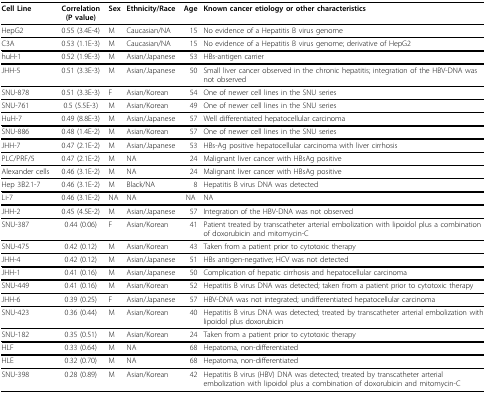
<table><thead><tr><td><b>Cell Line</b></td><td><b>Correlation (P value) </b></td><td><b>Sex</b></td><td><b>Ethnicity/Race</b></td><td><b>Age</b></td><td><b>Known cancer etiology or other characteristics</b></td></tr></thead><tbody><tr><td>HepG2</td><td>0.55 (3.4E-4)</td><td>M</td><td>Caucasian/NA</td><td>15</td><td>No evidence of a Hepatitis B virus genome</td></tr><tr><td>C3A</td><td>0.53 (1.1E-3)</td><td>M</td><td>Caucasian/NA</td><td>15</td><td>No evidence of a Hepatitis B virus genome; derivative of HepG2</td></tr><tr><td>huH-1</td><td>0.52 (1.9E-3)</td><td>M</td><td>Asian/Japanese</td><td>53</td><td>HBs-antigen carrier</td></tr><tr><td>JHH-5</td><td>0.51 (3.3E-3)</td><td>M</td><td>Asian/Japanese</td><td>50</td><td>Small liver cancer observed in the chronic hepatitis; integration of the HBV-DNA was not observed</td></tr><tr><td>SNU-878</td><td>0.51 (3.3E-3)</td><td>F</td><td>Asian/Korean</td><td>54</td><td>One of newer cell lines in the SNU series</td></tr><tr><td>SNU-761</td><td>0.5 (5.5E-3)</td><td>M</td><td>Asian/Korean</td><td>49</td><td>One of newer cell lines in the SNU series</td></tr><tr><td>HuH-7</td><td>0.49 (8.8E-3)</td><td>M</td><td>Asian/Japanese</td><td>57</td><td>Well differentiated hepatocellular carcinoma</td></tr><tr><td>SNU-886</td><td>0.48 (1.4E-2)</td><td>M</td><td>Asian/Korean</td><td>57</td><td>One of newer cell lines in the SNU series</td></tr><tr><td>JHH-7</td><td>0.47 (2.1E-2)</td><td>M</td><td>Asian/Japanese</td><td>53</td><td>HBs-Ag positive hepatocellular carcinoma with liver cirrhosis</td></tr><tr><td>PLC/PRF/5</td><td>0.47 (2.1E-2)</td><td>M</td><td>NA</td><td>24</td><td>Malignant liver cancer with HBsAg positive</td></tr><tr><td>Alexander cells</td><td>0.46 (3.1E-2)</td><td>M</td><td>NA</td><td>24</td><td>Malignant liver cancer with HBsAg positive</td></tr><tr><td>Hep 3B2.1-7</td><td>0.46 (3.1E-2)</td><td>M</td><td>Black/NA</td><td>8</td><td>Hepatitis B virus DNA was detected</td></tr><tr><td>Li-7</td><td>0.46 (3.1E-2)</td><td>NA</td><td>NA</td><td>NA</td><td>NA</td></tr><tr><td>JHH-2</td><td>0.45 (4.5E-2)</td><td>M</td><td>Asian/Japanese</td><td>57</td><td>Integration of the HBV-DNA was not observed</td></tr><tr><td>SNU-387</td><td>0.44 (0.06)</td><td>F</td><td>Asian/Korean</td><td>41</td><td>Patient treated by transcatheter arterial embolization with lipoidol plus a combination of doxorubicin and mitomycin-C</td></tr><tr><td>SNU-475</td><td>0.42 (0.12)</td><td>M</td><td>Asian/Korean</td><td>43</td><td>Taken from a patient prior to cytotoxic therapy</td></tr><tr><td>JHH-4</td><td>0.42 (0.12)</td><td>M</td><td>Asian/Japanese</td><td>51</td><td>HBs antigen-negative; HCV was not detected</td></tr><tr><td>JHH-1</td><td>0.41 (0.16)</td><td>M</td><td>Asian/Japanese</td><td>50</td><td>Complication of hepatic cirrhosis and hepatocellular carcinoma</td></tr><tr><td>SNU-449</td><td>0.41 (0.16)</td><td>M</td><td>Asian/Korean</td><td>52</td><td>Hepatitis B virus DNA was detected; taken from a patient prior to cytotoxic therapy</td></tr><tr><td>JHH-6</td><td>0.39 (0.25)</td><td>F</td><td>Asian/Japanese</td><td>57</td><td>HBV-DNA was not integrated; undifferentiated hepatocellular carcinoma</td></tr><tr><td>SNU-423</td><td>0.36 (0.44)</td><td>M</td><td>Asian/Korean</td><td>40</td><td>Hepatitis B virus DNA was detected; treated by transcatheter arterial embolization with lipoidol plus doxorubicin</td></tr><tr><td>SNU-182</td><td>0.35 (0.51)</td><td>M</td><td>Asian/Korean</td><td>24</td><td>Taken from a patient prior to cytotoxic therapy</td></tr><tr><td>HLF</td><td>0.33 (0.64)</td><td>M</td><td>NA</td><td>68</td><td>Hepatoma, non-differentiated</td></tr><tr><td>HLE</td><td>0.32 (0.70)</td><td>M</td><td>NA</td><td>68</td><td>Hepatoma, non-differentiated</td></tr><tr><td>SNU-398</td><td>0.28 (0.89)</td><td>M</td><td>Asian/Korean</td><td>42</td><td>Hepatitis B virus (HBV) DNA was detected; treated by transcatheter arterial embolization with lipoidol plus a combination of doxorubicin and mitomycin-C</td></tr></tbody></table>